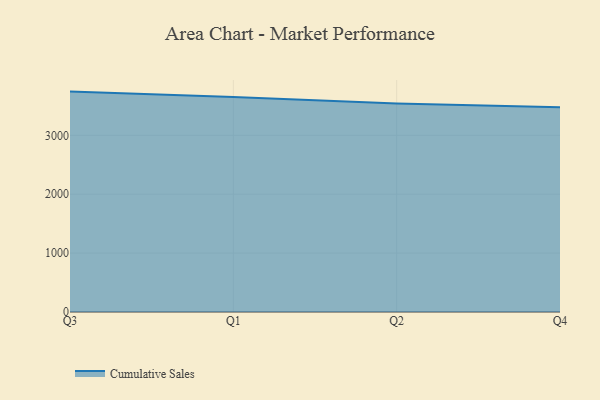
{"axis": {"x": "Quarter", "y": "Churn Rate (%)"}, "legend": ["Cumulative Sales"], "data": [{"x": "Q3", "y": 3741.9, "type": "Cumulative Sales"}, {"x": "Q1", "y": 3648.9, "type": "Cumulative Sales"}, {"x": "Q2", "y": 3540.0, "type": "Cumulative Sales"}, {"x": "Q4", "y": 3475.5, "type": "Cumulative Sales"}]}